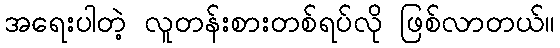
အရေးပါတဲ့ လူတန်းစားတစ်ရပ်လို ဖြစ်လာတယ်။